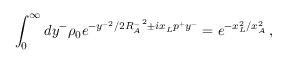
\int _ { 0 } ^ { \infty } d y ^ { - } \rho _ { 0 } e ^ { - { y ^ { - } } ^ { 2 } / 2 { R _ { A } ^ { - } } ^ { 2 } \pm i x _ { L } p ^ { + } y ^ { - } } = e ^ { - x _ { L } ^ { 2 } / x _ { A } ^ { 2 } } \, ,